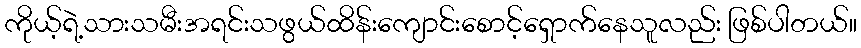
ကိုယ့်ရဲ့သားသမီးအရင်းသဖွယ်ထိန်းကျောင်းစောင့်ရှောက်နေသူလည်း ဖြစ်ပါတယ်။